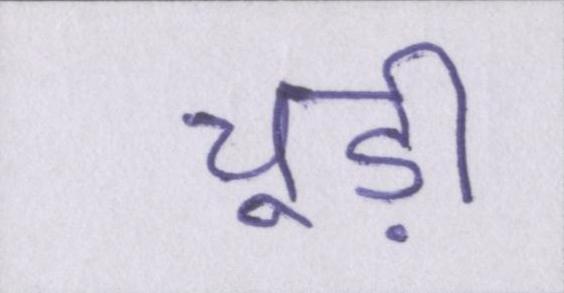
चूड़ी